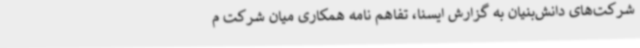
شرکت‌های دانش‌بنیان به گزارش ایسنا، تفاهم نامه همکاری میان شرکت م